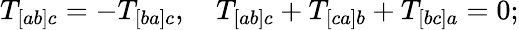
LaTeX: T_{[ab]c}=-T_{[ba]c},\quad T_{[ab]c}+T_{[ca]b}+T_{[bc]a}=0;